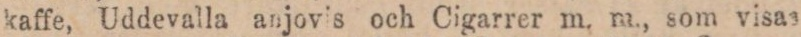
kaffe, Uddevalla anjovis och Cigarrer m. m., som visas